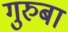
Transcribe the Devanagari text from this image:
गुरुबा